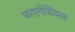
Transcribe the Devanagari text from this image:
फाएनेंशियल